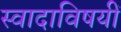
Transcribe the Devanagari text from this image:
स्वादाविषयीं